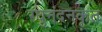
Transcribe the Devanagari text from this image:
रघुनंदनकृत